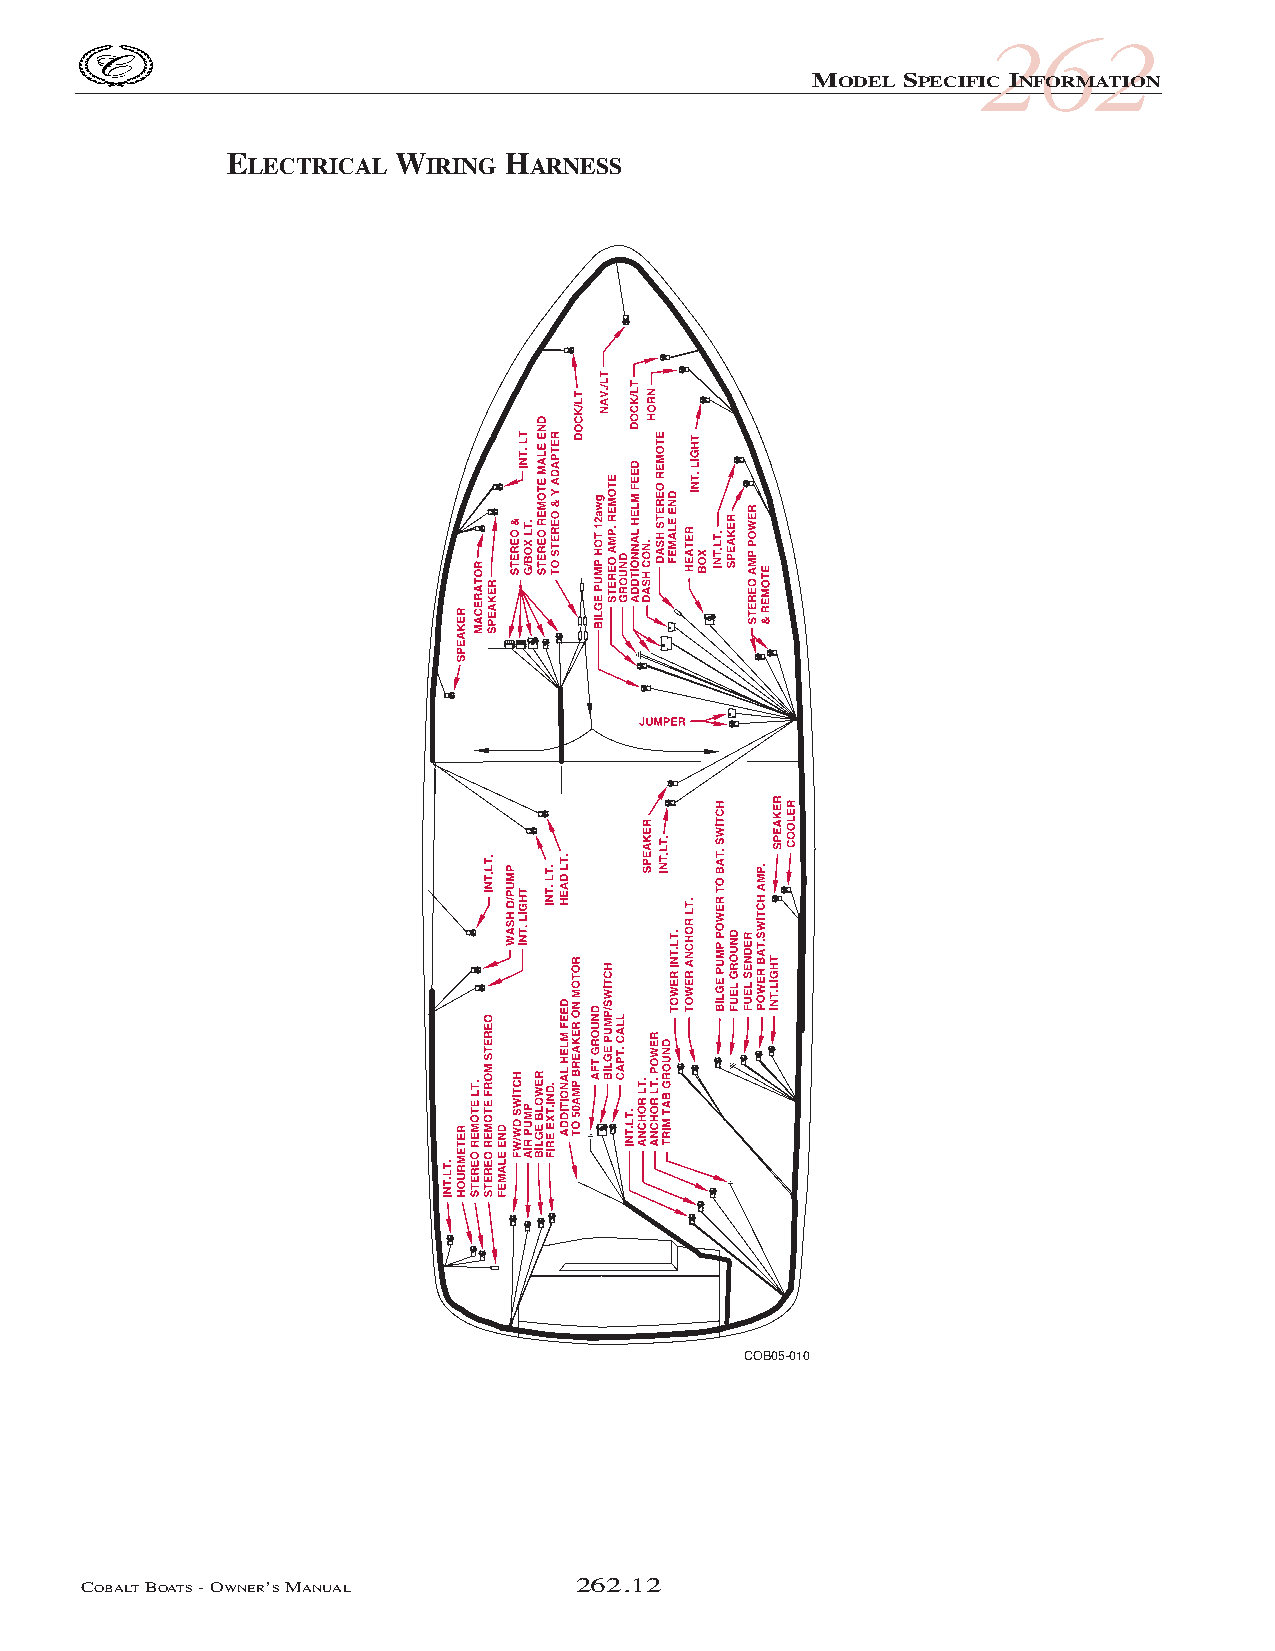
COB_05 Sect 262.qxd 3/18/05 9:28 AM Page 262.12
 262
 MODEL SPECIFIC INFORMATION
 ELECTRICAL  WIRING HARNESS
 COB05-010
 COBALTBOATS- OWNER’SMANUAL       262.12